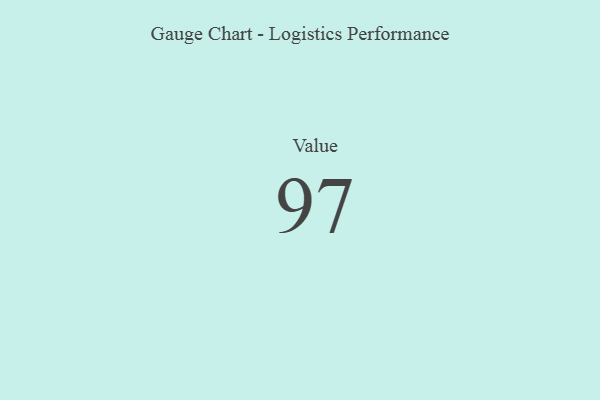
{"axis": {"x": "Metric", "y": "Value"}, "legend": [""], "data": [{"x": "Value", "y": 97, "type": ""}]}